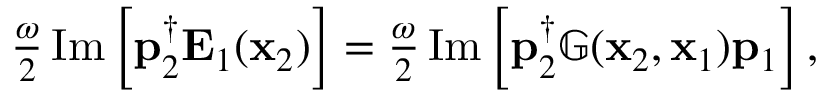
\begin{array} { r } { \frac { \omega } { 2 } \operatorname { I m } \left[ \mathbf { p } _ { 2 } ^ { \dagger } \mathbf { E } _ { 1 } ( \mathbf { x } _ { 2 } ) \right] = \frac { \omega } { 2 } \operatorname { I m } \left[ \mathbf { p } _ { 2 } ^ { \dagger } \mathbb { G } ( \mathbf { x } _ { 2 } , \mathbf { x } _ { 1 } ) \mathbf { p } _ { 1 } \right] , } \end{array}